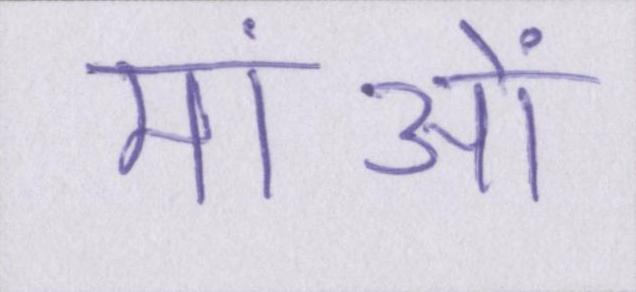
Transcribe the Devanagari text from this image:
मांओं